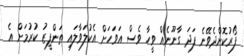
ފޯރުކޮށްދެވޭނެ ފަދަ ގާނޫނެއް ވީހާ ވެސް އަވަހަށް އެކުލަވާލައި ތަންފީޒު ކުރުމަށް އެ